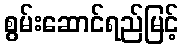
စွမ်းဆောင်ရည်မြင့်